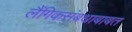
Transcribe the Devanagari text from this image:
लैंगिकसंबधाबाबत